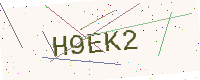
Text: H9EK2